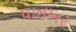
પાનખર